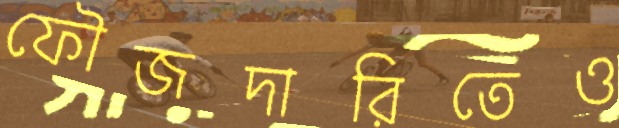
ফৌজদারিতেও